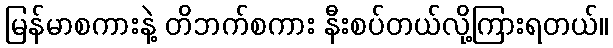
မြန်မာစကားနဲ့ တိဘက်စကား နီးစပ်တယ်လို့ကြားရတယ်။